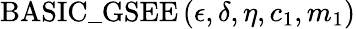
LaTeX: \mathrm{BASIC\_ GSEE}\left(\epsilon,\delta,\eta,c_{1},m_{1}\right)